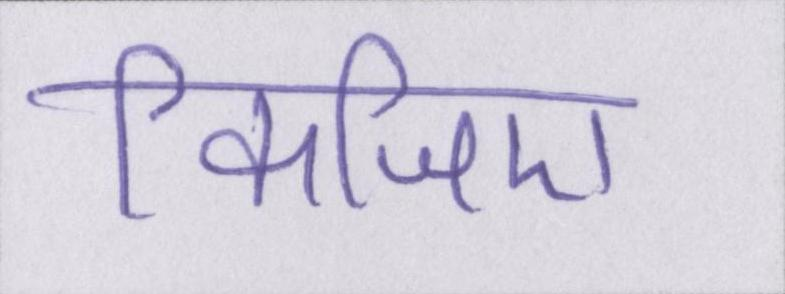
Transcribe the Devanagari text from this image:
किजिए